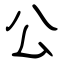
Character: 公